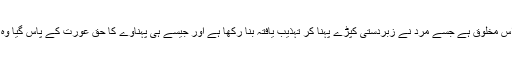
گویا عورت وہ نجس اور مخبوط الحواس مخلوق ہے جسے مرد نے زبردستی کپڑے پہنا کر تہذیب یافتہ بنا رکھا ہے اور جیسے ہی پہناوے کا حق عورت کے پاس گیا وہ کپڑے پہہنے سے انکار کر دے گی۔